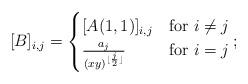
LaTeX: \begin{align*}[B]_{i,j}=\begin{cases} [A(1,1)]_{i,j} & \mbox{for } i\neq j\\\frac{a_j}{(xy)^{\lfloor\frac{j}{2}\rfloor}} & \mbox{for } i= j\end{cases};\end{align*}